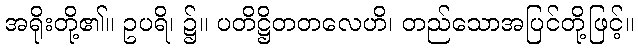
အရိုးတို့၏။ ဥပရိ၊ ၌။ ပတိဋ္ဌိတတလေဟိ၊ တည်သောအပြင်တို့ဖြင့်။